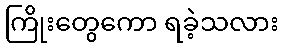
ကြိုးတွေကော ရခဲ့သလား